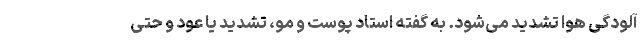
آلودگی هوا تشدید می‌شود. به گفته استاد پوست و مو، تشدید یا عود و حتی